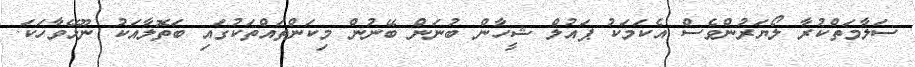
ސަލާމަތްކުރާ ލޯޔަރުންވެސް އެކަމަކު ޕައުލް ޝީހާން ބުނަން ބޭނުން މިކަންތައްތަކުގައި ބަތޮލާއަކު ނޫޅޭވާހަކަ.